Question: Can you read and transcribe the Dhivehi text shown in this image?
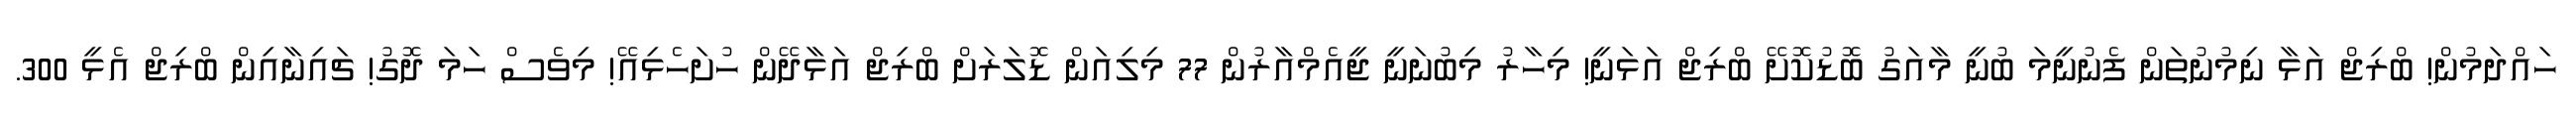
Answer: ހައްދަމުން! ބްރިޖް އަޅާ ނިމުނުތަން ފެނުނީމަ ބުނީ މާއަގު ބޮޑުކޮށޭ ބްރިޖް އަޅަނީ! މިހާރު މިބުނަނީ ޖީއެމްއާރުން 77 މިލިއަން ޑޮލަރަށް ބްރިޖް އަޅާދޭން ހުށަހެޅިއޭ! މިވެސް ހަމަ ދޮގު! ޗައިނާއިން ބްރިޖް އެޅީ 300.